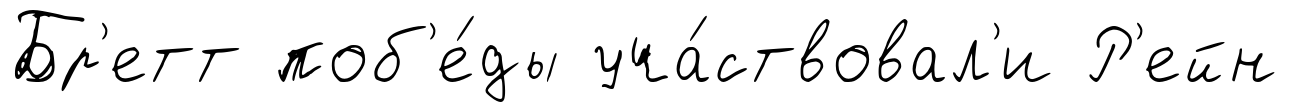
Бр'етт поб'е́ды уча́ствовал'и Р'ейн